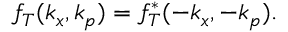
\begin{array} { r } { f _ { T } ( k _ { x } , k _ { p } ) = f _ { T } ^ { * } ( - k _ { x } , - k _ { p } ) . } \end{array}